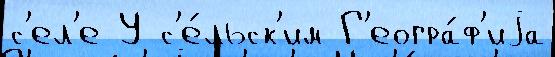
с'ел'е У с'е́льск'им Г'еогра́ф'иjа